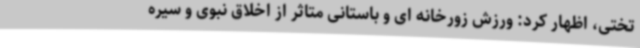
تختی، اظهار کرد: ورزش زورخانه ای و باستانی متاثر از اخلاق نبوی و سیره